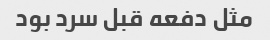
مثل دفعه قبل سرد بود